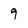
Character: 9